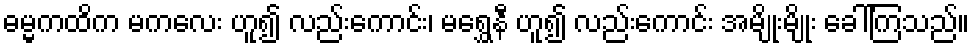
ဓမ္မကထိက မကလေး ဟူ၍ လည်းကောင်း၊ မရွှေနီ ဟူ၍ လည်းကောင်း အမျိုးမျိုး ခေါ်ကြသည်။